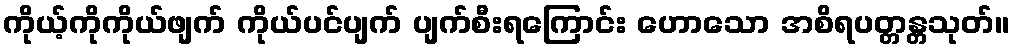
ကိုယ့်ကိုကိုယ်ဖျက် ကိုယ်ပင်ပျက် ပျက်စီးရကြောင်း ဟောသော အစိရပတ္တန္တသုတ်။